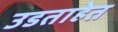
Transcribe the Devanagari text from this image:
उडताहेत